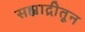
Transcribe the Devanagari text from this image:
सह्याद्रीतून